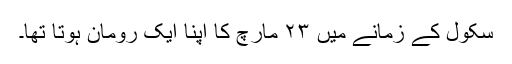
سکول کے زمانے میں ۲۳ مارچ کا اپنا ایک رومان ہوتا تھا۔